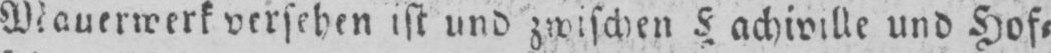
Mauerwerk versehen ist und zwischen Hachiville und Hof⸗